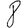
Digit: 8